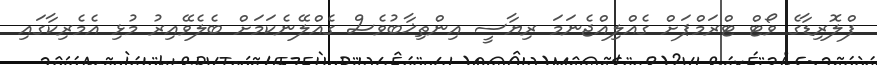
ފްލޮރިޑާގެ ވޯޓް ޓްރަމްޕަށް ގެއްލިއްޖެނަމަ ރިޔާސީ އިންތިޚާބުވެސް ގެއްލޭނެކަމަށް ބެލެވޭއިރު މުޅި އެމެރިކާގައި